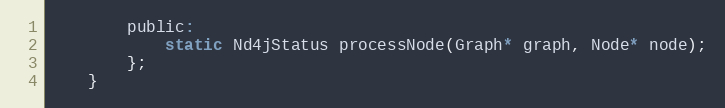
Language: C
        public:
            static Nd4jStatus processNode(Graph* graph, Node* node);
        };
    }